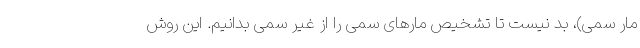
مار سمی)، بد نیست تا تشخیص مارهای سمی را از غیر سمی بدانیم. این روش